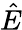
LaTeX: \hat{E}